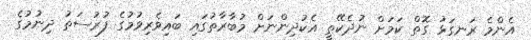
އެންމެ ރަނގަޅު ގޮތް ކަމަށް ނުދެކޭތީ އެކުދިންނަށް މުބާރާތުގައި ބައިވެރިވުމުގެ ފުރުސަތު ދިނުމުގެ